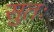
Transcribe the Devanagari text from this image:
सुतः